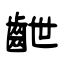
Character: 齛